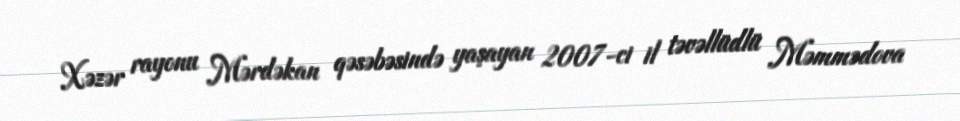
Xəzər rayonu Mərdəkan qəsəbəsində yaşayan 2007-ci il təvəllüdlü Məmmədova